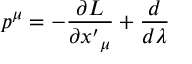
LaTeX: p ^ { \mu } = - \frac { \partial L } { \partial { x ^ { \prime } } _ { \mu } } + \frac { d } { d \lambda }